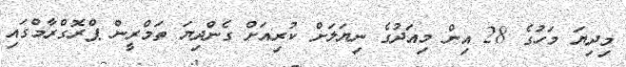
މިދިޔަ މަހުގެ 28 އިން މިއަދުގެ ނިޔަލަށް ކުރިއަށް ގެންދިޔަ ތަމްރީން ޕްރޮގްރާމްގައި